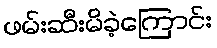
ဖမ်းဆီးမိခဲ့ကြောင်း